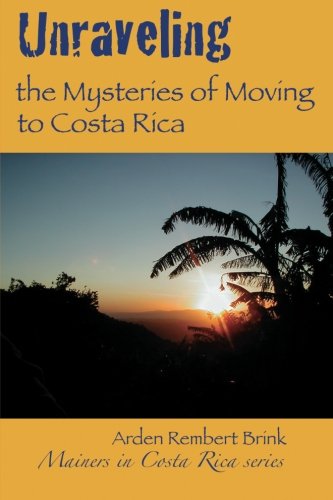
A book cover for Unraveling the Mysteries of Moving to Costa Rica: Real stories from real people, what we've learned and how it can help you!; Arden Rembert Brink; Travel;